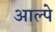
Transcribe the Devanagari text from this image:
आल्पे